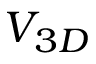
V _ { 3 D }